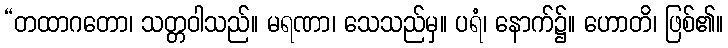
“တထာဂတော၊ သတ္တဝါသည်။ မရဏာ၊ သေသည်မှ။ ပရံ၊ နောက်၌။ ဟောတိ၊ ဖြစ်၏။